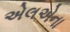
એલએના